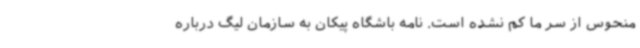
منحوس از سر ما کم نشده است. نامه باشگاه پیکان به سازمان لیگ درباره